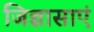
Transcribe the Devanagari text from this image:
जिज्ञासाएं